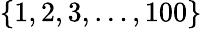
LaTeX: \{ 1,2,3,\ldots,100\}